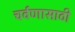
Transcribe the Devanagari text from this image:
चर्वणासाठी